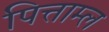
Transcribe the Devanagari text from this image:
पित्ताम्ल